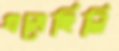
খসেছিলি